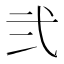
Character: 弐